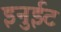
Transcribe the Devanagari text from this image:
इनुईट